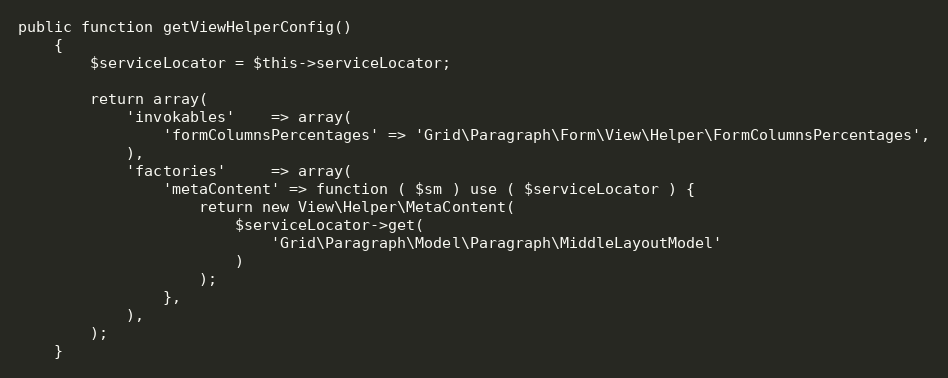
Language: PHP
public function getViewHelperConfig()
    {
        $serviceLocator = $this->serviceLocator;

        return array(
            'invokables'    => array(
                'formColumnsPercentages' => 'Grid\Paragraph\Form\View\Helper\FormColumnsPercentages',
            ),
            'factories'     => array(
                'metaContent' => function ( $sm ) use ( $serviceLocator ) {
                    return new View\Helper\MetaContent(
                        $serviceLocator->get(
                            'Grid\Paragraph\Model\Paragraph\MiddleLayoutModel'
                        )
                    );
                },
            ),
        );
    }